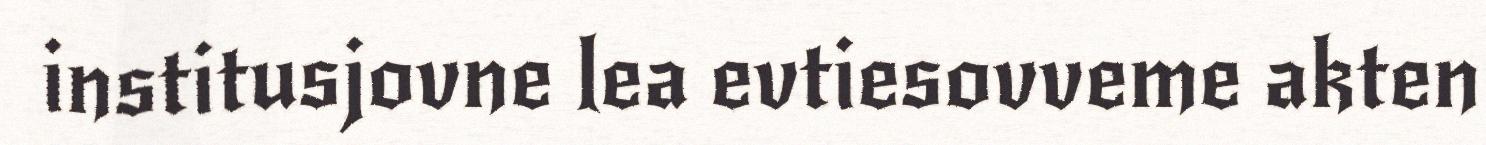
institusjovne lea evtiesovveme akten